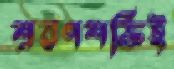
শ্রবণশক্তিই